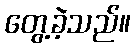
တွေ့ခဲ့သည်။